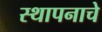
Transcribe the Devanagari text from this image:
स्थापनाचे